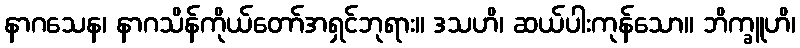
နာဂသေန၊ နာဂသိန်ကိုယ်တော်အရှင်ဘုရား။ ဒသဟိ၊ ဆယ်ပါးကုန်သော။ ဘိက္ခူဟိ၊